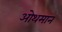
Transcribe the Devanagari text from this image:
ओथमान